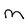
Character: M